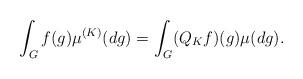
LaTeX: \begin{align*} \int_{G}f(g)\mu^{(K)}(dg) = \int_{G}(Q_{K}f)(g)\mu(dg).\end{align*}